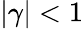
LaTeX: |\gamma|<1